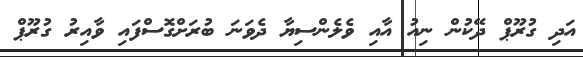
އަދި ގުރޫޕް ދޭކުން ނިއު އާއި ވެލެންސިޔާ ދެވަނަ ބުރަށްގޮސްފައި ވާއިރު ގުރޫޕް